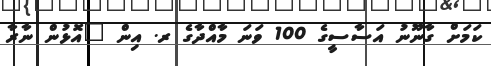
ކަމަށް ގާނޫނު އަސާސީގެ 100 ވަނަ މާއްދާގެ ރ. އިން "އޮޅުން ނާރާ